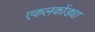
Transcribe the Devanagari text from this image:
एकलकोंड्या